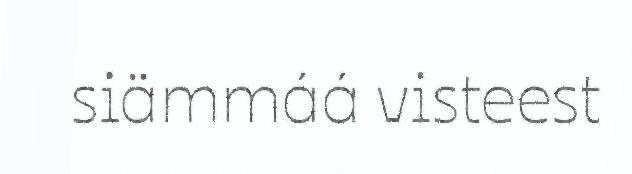
siämmáá visteest